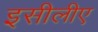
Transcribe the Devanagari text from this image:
इसीलीए